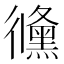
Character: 𢖛